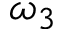
\omega _ { 3 }